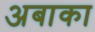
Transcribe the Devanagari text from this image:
अबाका